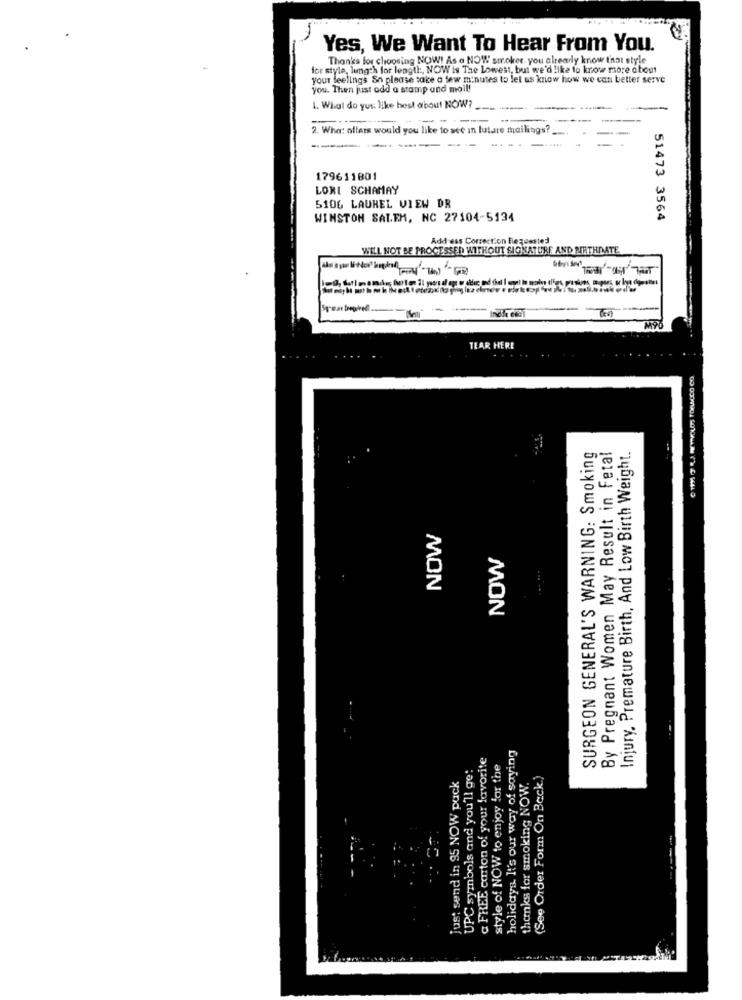
Yes, We Want To Hear From You.
Thanks for choosing NOW! As a NOW smoker, you already know that style
for style, length for length, NOW is The Lowest, but we'd like to know more about
your feelings So please take a few minutes to let us know how we can better serve
you. Then just add a stamp and mail!
1. What do yut: like hest about NOW?
--
2. Who: offers would you like to see in lutare mailings?
---
179611801
LORI SCHAMAY
5106 LAUREL VIEW DR
WINSTON SALEM, NC 27104-5134
51473 3564
Add-ess Correction Requested
WILL NOT BE PROCESSED WITHOUT SIGNATURE AND ARTHDATE
- - T
TEAR HERE
SURGEON GENERAL'S WARNING: Smoking
By Pregnant Women May Result in Fetal
Injury, Premature Birth, And Low Birth Weight.
NOW
NOW
& FREE carton of your favorite
holidays. It's our way of saying
UPC symbols and you'll get
style of NOW to enjoy for the
Just send in 95 NOW puck
thanks for smoking NOW.
(See Order Form On Back.)